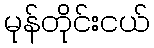
မုန်တိုင်းငယ်